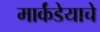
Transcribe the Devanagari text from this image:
मार्कंडेयाचे